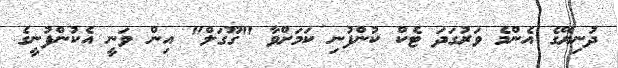
ދުނިޔޭގެ އެންމެ ވަރުގަދަ ޓެކް ކުންފުނި ކަމަށްވާ "ގޫގަލް" އިން ވަނީ އެކުންފުނީގެ